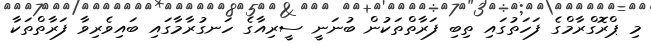
މި ޕްރޮގްރާމްގެ ފަހަތުގައި ތިބި ފަރާތްތަކުން ބުނަނީ ސީރިއާގެ ހަނގުރާމާގައި ބައިވެރިވާ ފަރާތްތަކާ